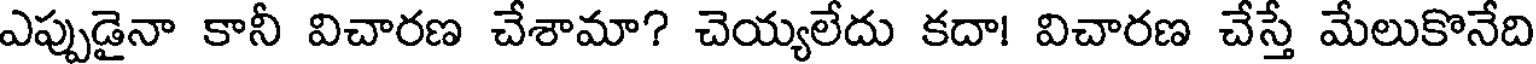
ఎప్పుడైనా కానీ విచారణ చేశామా? చెయ్యలేదు కదా! విచారణ చేస్తే మేలుకొనేది